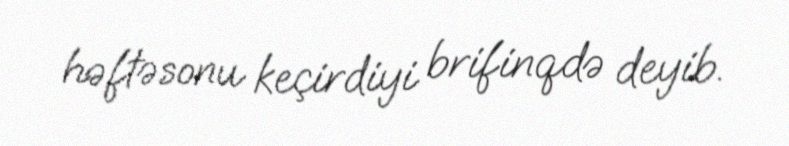
həftəsonu keçirdiyi brifinqdə deyib.